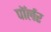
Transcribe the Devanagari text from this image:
पॉर्लर